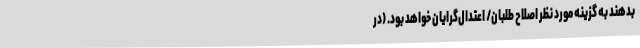
بدهند به گزینه مورد نظر اصلاح طلبان/ اعتدال‌گرایان خواهد بود. (در